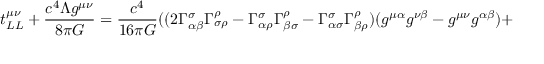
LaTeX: t _ { L L } ^ { \mu \nu } + { \frac { c ^ { 4 } \Lambda g ^ { \mu \nu } } { 8 \pi G } } = { \frac { c ^ { 4 } } { 1 6 \pi G } } ( ( 2 \Gamma _ { \alpha \beta } ^ { \sigma } \Gamma _ { \sigma \rho } ^ { \rho } - \Gamma _ { \alpha \rho } ^ { \sigma } \Gamma _ { \beta \sigma } ^ { \rho } - \Gamma _ { \alpha \sigma } ^ { \sigma } \Gamma _ { \beta \rho } ^ { \rho } ) ( g ^ { \mu \alpha } g ^ { \nu \beta } - g ^ { \mu \nu } g ^ { \alpha \beta } ) +